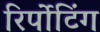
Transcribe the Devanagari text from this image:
रिर्पोटिंग